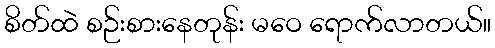
စိတ်ထဲ စဉ်းစားနေတုန်း မဝေ ရောက်လာတယ်။